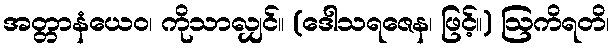
အတ္တာနံယေဝ၊ ကိုသာလျှင်။ (ဒေါသရဇေန၊ ဖြင့်။) ဩကိရတိ၊